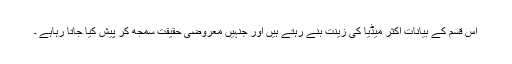
اس قسم کے بیانات اکثر میڈیا کی زینت بنے رہتے ہیں اور جنہیں معروضی حقیقت سمجھ کر پیش کیا جاتا رہاہے ۔